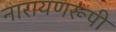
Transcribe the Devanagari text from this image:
नारायणरूपी